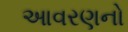
આવરણનો